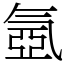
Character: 氬